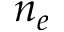
n _ { e }